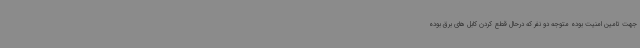
جهت تامین امنیت بوده متوجه دو نفر که درحال قطع کردن کابل های برق بوده